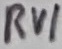
Text: RV1